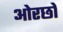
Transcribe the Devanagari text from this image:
ओरछो